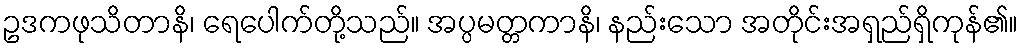
ဥဒကဖုသိတာနိ၊ ရေပေါက်တို့သည်။ အပ္ပမတ္တကာနိ၊ နည်းသော အတိုင်းအရှည်ရှိကုန်၏။